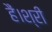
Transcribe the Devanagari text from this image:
हैं।श्री